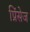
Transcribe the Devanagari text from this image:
प्रिंसेज